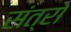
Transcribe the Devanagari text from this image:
संत्रो